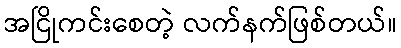
အငြိုကင်းစေတဲ့ လက်နက်ဖြစ်တယ်။